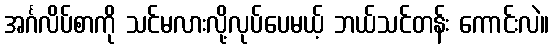
အင်္ဂလိပ်စာကို သင်မလားလို့လုပ်ပေမယ့် ဘယ်သင်တန်း ကောင်းလဲ။